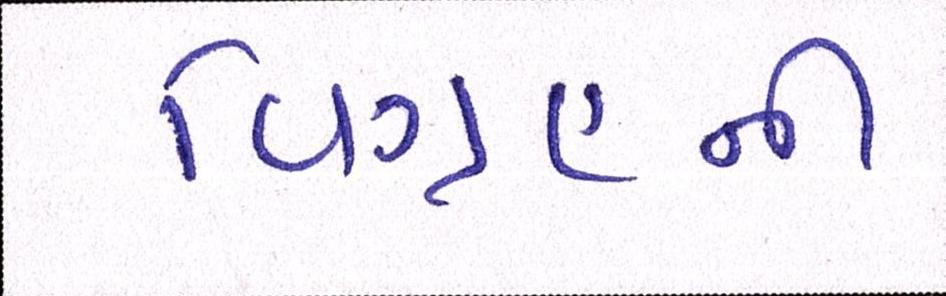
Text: વિગ્રહની